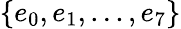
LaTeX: \{ e_{0},e_{1},...,e_{7}\}